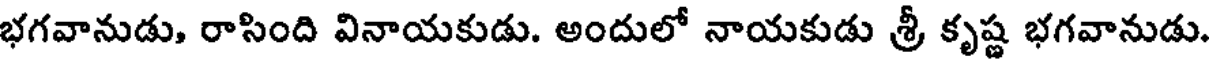
భగవానుడు, రాసింది వినాయకుడు. అందులో నాయకుడు శ్రీ కృష్ణ భగవానుడు.